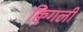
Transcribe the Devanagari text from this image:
क्विगली